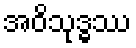
အဝိသုဒ္ဓဿ